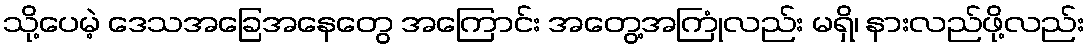
သို့ပေမဲ့ ဒေသအခြေအနေတွေ အကြောင်း အတွေ့အကြုံလည်း မရှိ၊ နားလည်ဖို့လည်း